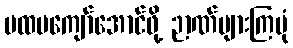
ပထမကျော်အောင်ဖို့ ဉာဏ်များကြပုံ